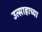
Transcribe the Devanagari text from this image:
उत्साहाच्या